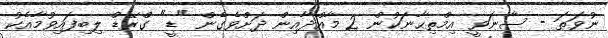
ނުވަތަ - ސާނަވީ އިމްތިޙާނަކުން 2 މާއްދާއިން ދަށްވެގެން "ޑީ" ގްރޭޑް ލިބިފައިވުމާއެކު